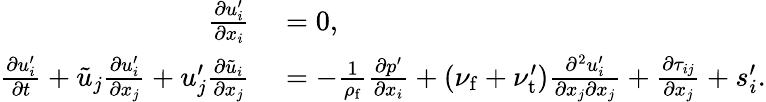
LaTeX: \begin{array}{rl}{\frac{\partial u_{i}^{\prime}}{\partial x_{i}}}&{{}=0,}\\ {\frac{\partial{u}_{i}^{\prime}}{\partial t}+\tilde{u}_{j}\frac{\partial u_{i}^{\prime}}{\partial x_{j}}+u_{j}^{\prime}\frac{\partial\tilde{u}_{i}}{\partial x_{j}}}&{{}=-\frac{1}{\rho_{\mathrm{f}}}\frac{\partial p^{\prime}}{\partial x_{i}}+(\nu_{\mathrm{f}}+\nu_{\mathrm{t}}^{\prime})\frac{\partial^{2}u_{i}^{\prime}}{\partial x_{j}\partial x_{j}}+\frac{\partial\tau_{ij}}{\partial x_{j}}+s_{i}^{\prime}.}\end{array}